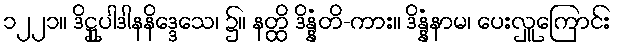
၁၂၂၁။ ဒိဋ္ဌုပါဒါနနိဒ္ဒေသေ၊ ၌။ နတ္ထိ ဒိန္နံတိ-ကား။ ဒိန္နံနာမ၊ ပေးလှူကြောင်း